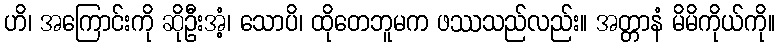
ဟိ၊ အကြောင်းကို ဆိုဦးအံ့၊ သောပိ၊ ထိုတေဘူမက ဖဿသည်လည်း။ အတ္တာနံ မိမိကိုယ်ကို။